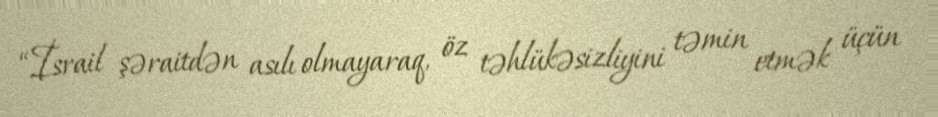
“İsrail şəraitdən asılı olmayaraq, öz təhlükəsizliyini təmin etmək üçün